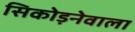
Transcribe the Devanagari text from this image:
सिकोड़नेवाला